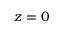
\boldsymbol z = 0